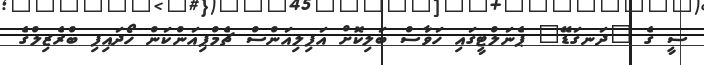
ސީ ގެ "ދަނގަޑޭ" ޕެނަލްޓީގައި ހަވާސް ބަލިކޮށް އަފިލިއަންސް ޗެމްޕިއަންކަން ހޯދައިފި ބްރެޒިލްގެ